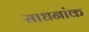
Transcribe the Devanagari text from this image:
साधनांक